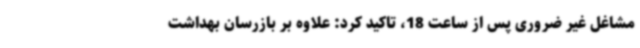
مشاغل غیر ضروری پس از ساعت 18، تاکید کرد: علاوه بر بازرسان بهداشت